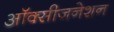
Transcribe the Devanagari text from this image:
ऑक्सीजनेशन